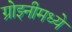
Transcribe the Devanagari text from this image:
ग्रोझ्नीमध्ये